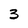
Character: 3